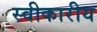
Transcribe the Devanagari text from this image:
स्वीकारीय